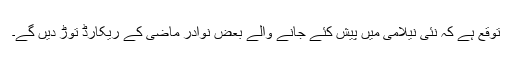
توقع ہے کہ نئی نیلامی میں پیش کئے جانے والے بعض نوادر ماضی کے ریکارڈ توڑ دیں گے۔